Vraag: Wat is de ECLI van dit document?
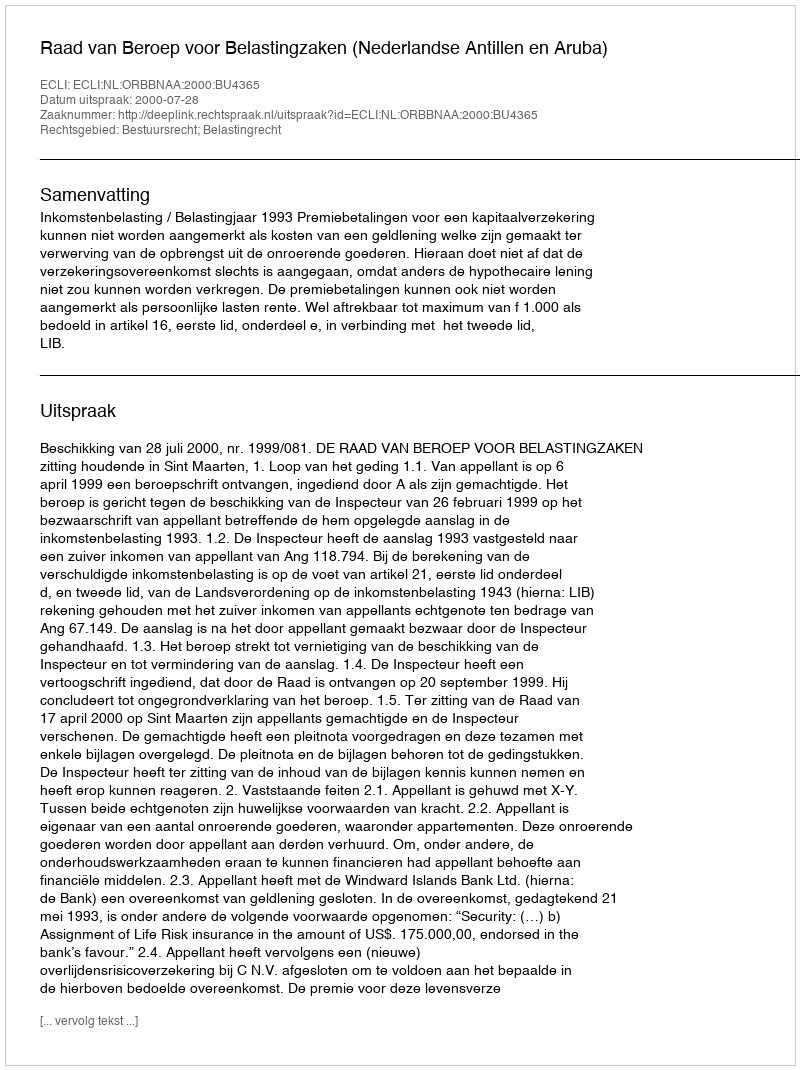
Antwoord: ECLI:NL:ORBBNAA:2000:BU4365